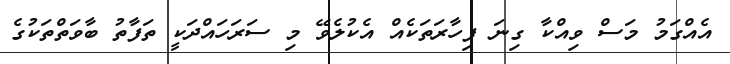
އެއްގަމު މަސް ވިއްކާ ގިނަ ފިހާރަތަކެއް އެކުލެވޭ މި ސަރަހައްދަކީ ތަފާތު ބާވަތްތަކުގެ